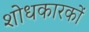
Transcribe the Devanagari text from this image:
शोधकारकों